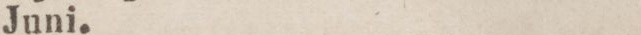
Juni.